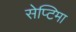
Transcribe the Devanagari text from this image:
सेप्टिमा